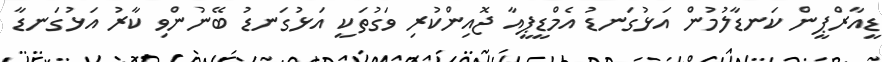
ޑީއާރްޕީން ކަނޑާލުމުން އަޅުގަނޑު އެމްޑީޕީއާ ޖޮއިންކުރި ވަގުތަކީ އަޅުގަނޑު ބޭނުންވި ކާރު އަޅުގަނޑާ